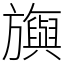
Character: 旟